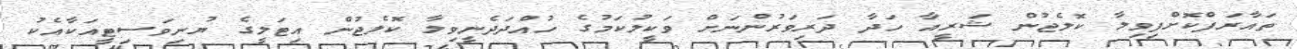
ތައާރަފްކޮށްފިވިލާ ކޮލެޖުން ޝަރީއާ ހަދާ ދަރިވަރުންނަށް ވަކީލުކަމުގެ ހުއްދަދެނީވިލާ ކޮލެޖުން އިޓަލީގެ ޔުނިވަސިޓީއަކާއެކު